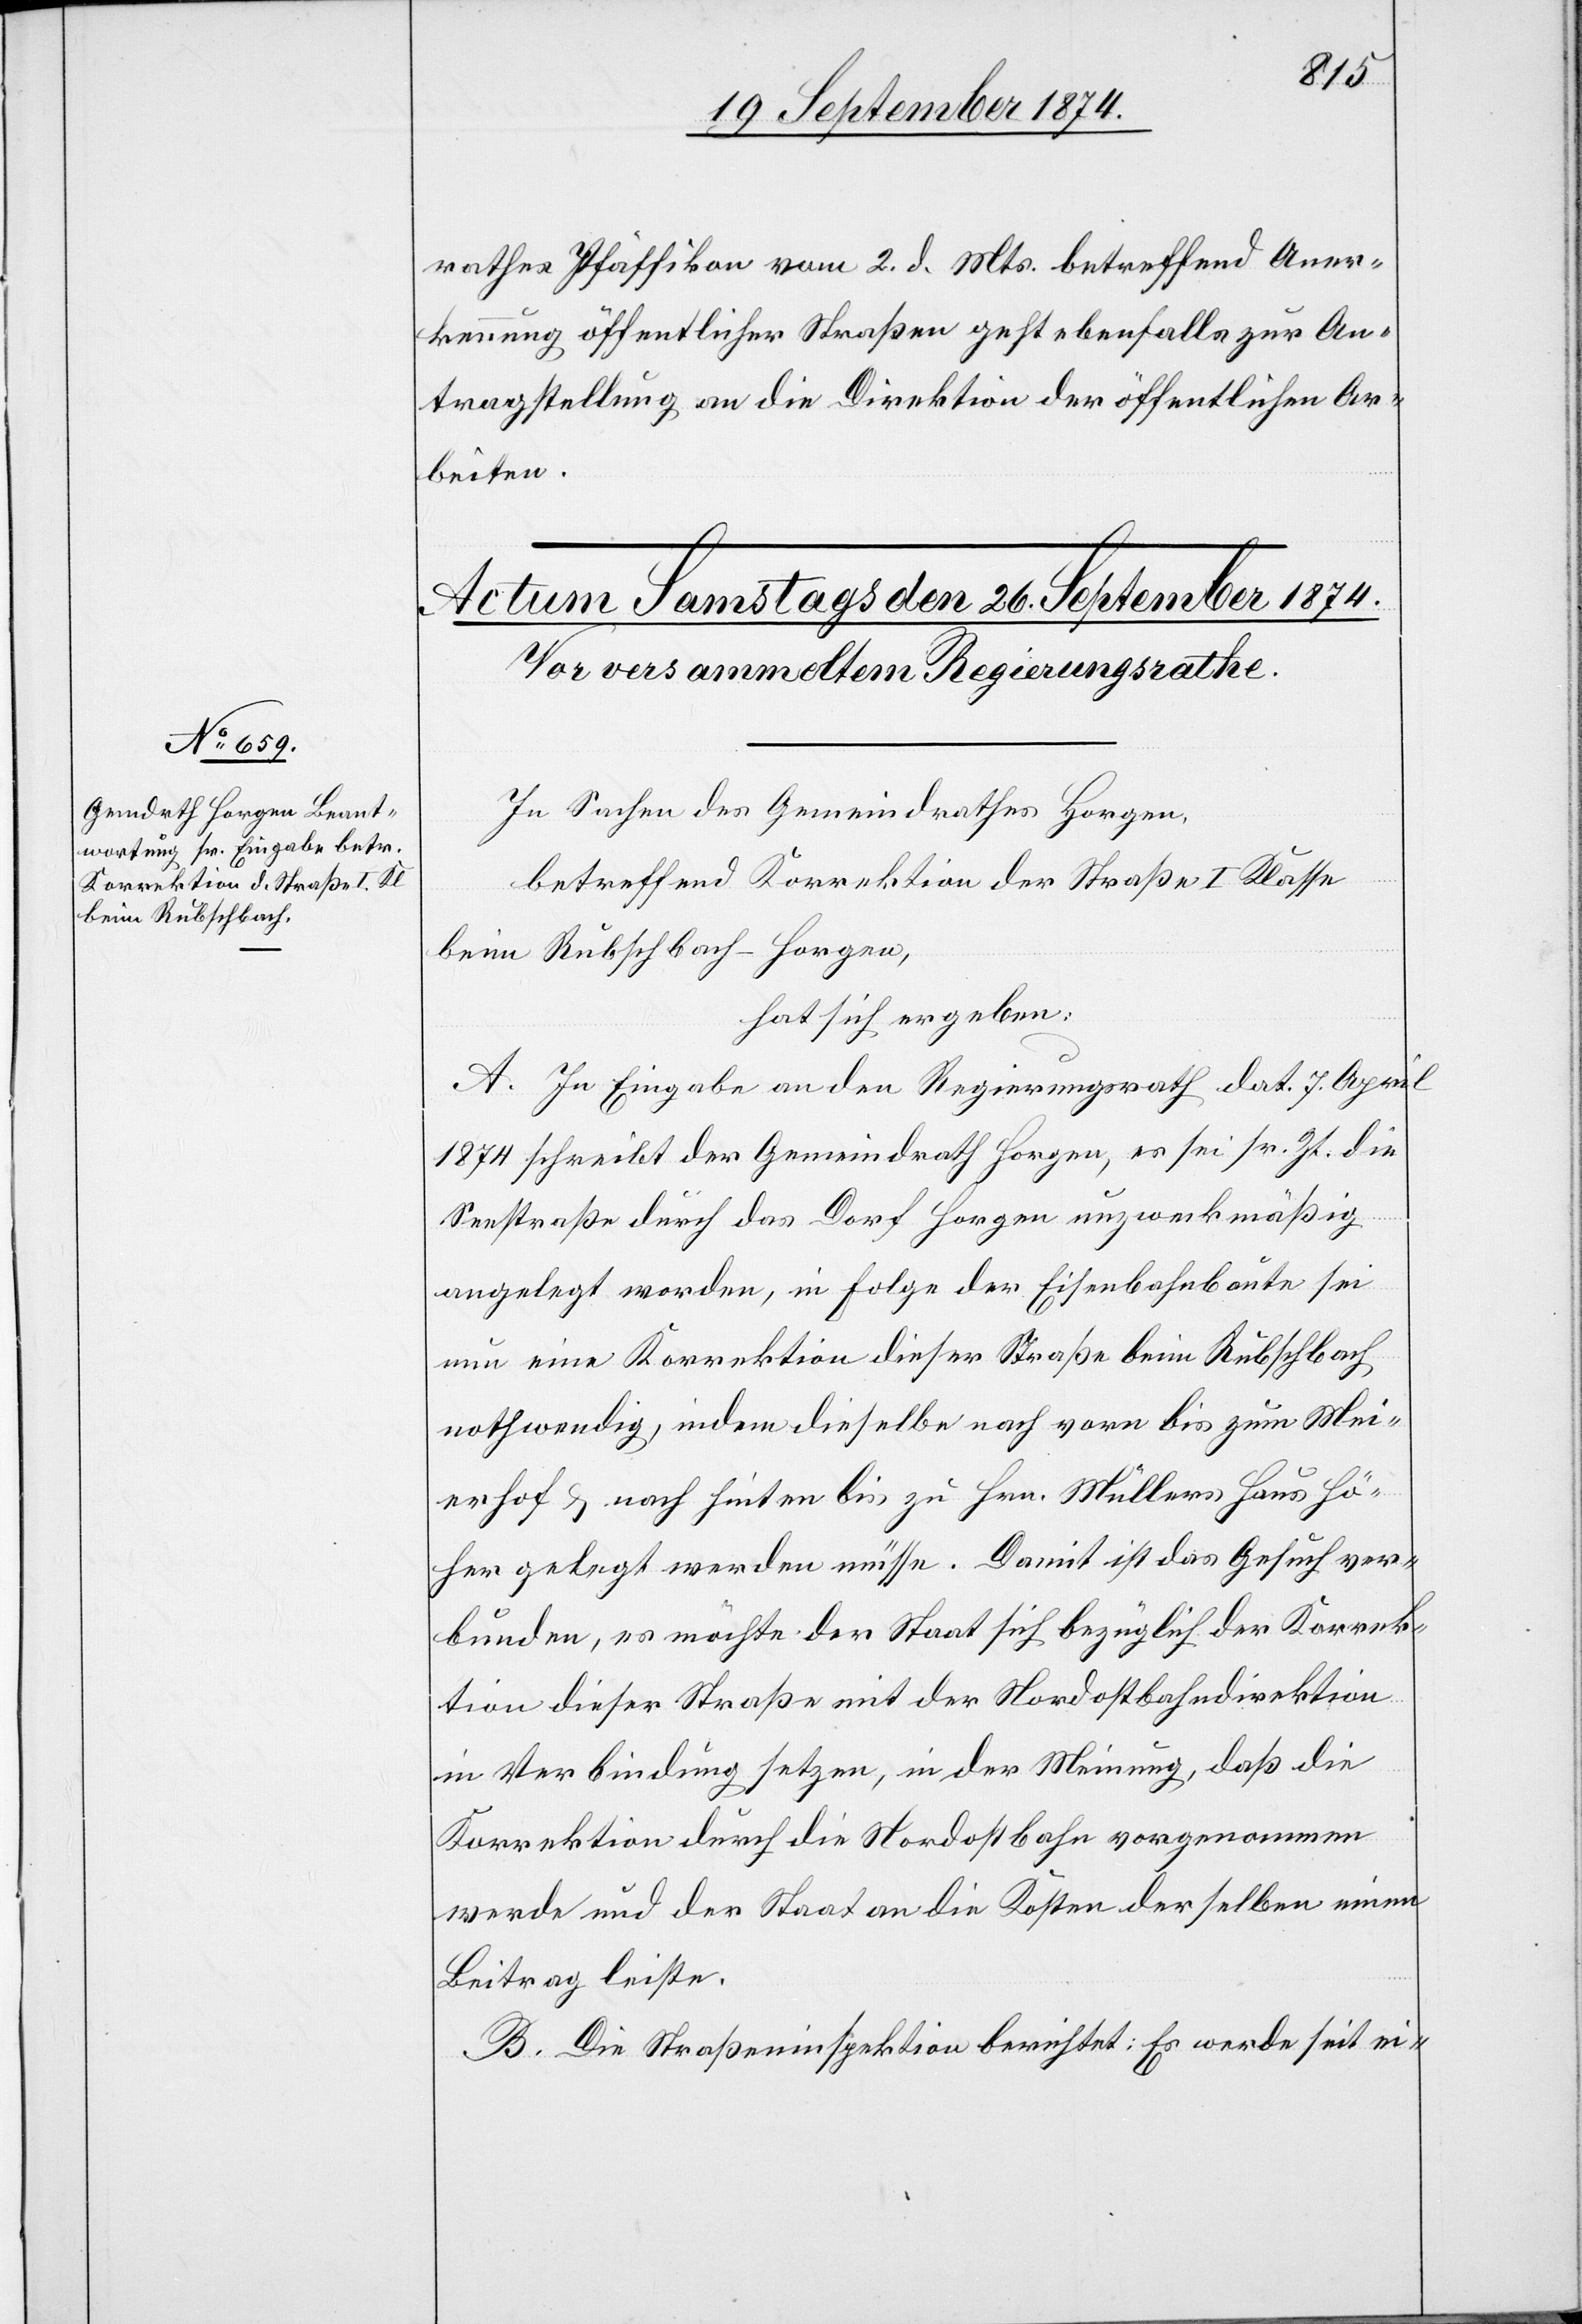
rathes Pfäffikon vom 2. d. Mts. betreffend Aner¬
kennung öffentlicher Straßen geht ebenfalls zur An¬
tragstellung an die Direktion der öffentlichen Ar¬
beiten.
In Sachen des Gemeindrathes Horgen,
betreffend Korrektion der Straße I Klasse
beim Rubschbach-Horgen,
hat sich ergeben:
A. In Eingabe an den Regierungsrath dat. 7. April
1874 schreibt der Gemeindrath Horgen, es sei sr. Zt. die
Seestraße durch das Dorf Horgen unzweckmäßig
angelegt worden, in Folge der Eisenbahnbaute sei
nun eine Korrektion dieser Straße beim Rubschbach
nothwendig, indem dieselbe nach vorn bis zum Mei¬
erhof & nach hinten bis zu Hrn. Müllers Haus hö¬
her gelegt werden müsse. Damit ist das Gesuch ver¬
bunden, es möchte der Staat sich bezüglich der Korrek¬
tion dieser Straße mit der Nordostbahndirektion
in Verbindung setzen, in der Meinung, daß die
Korrektion durch die Nordostbahn vorgenommen
werde und der Staat an die Kosten derselben einen
Beitrag leiste.
B. Die Straßeninspektion berichtet: Es werde seit ei-